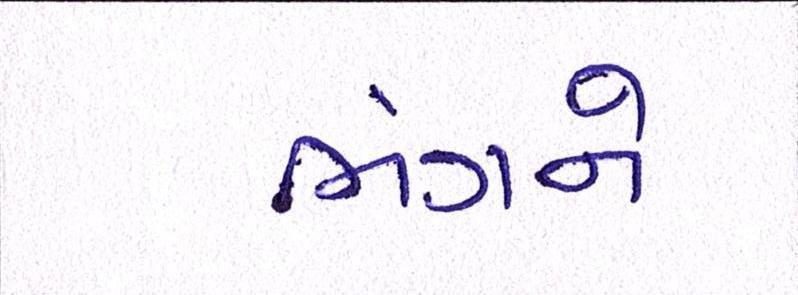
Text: ભંગને